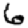
Digit: 6